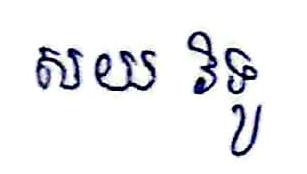
សយ វិទូ